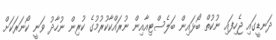
ދަނޑީގައި ޖެހިފައި ނުކުތް ބޯޅައިން ބަލެސްޓިއާއިން ނުރައްކާކުރުމުގެ ކުރިން ނުހާދު ވަނީ ކޯނަރަކަށް